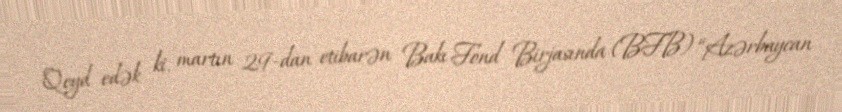
Qeyd edək ki, martın 29-dan etibarən Bakı Fond Birjasında (BFB) “Azərbaycan